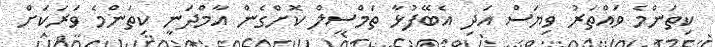
ކިތަންމެ ވައްތަރު ވިޔަސް އަދި އެބޭފުޅާ ތަމްސީލް ކޮށްގެން އާމްދަނީ ކިތަންމެ ވަރަކަށް